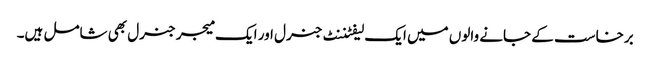
برخاست کے جانے والوں میں ایک لیفٹننٹ جنرل اور ایک میجر جنرل بھی شامل ہیں۔